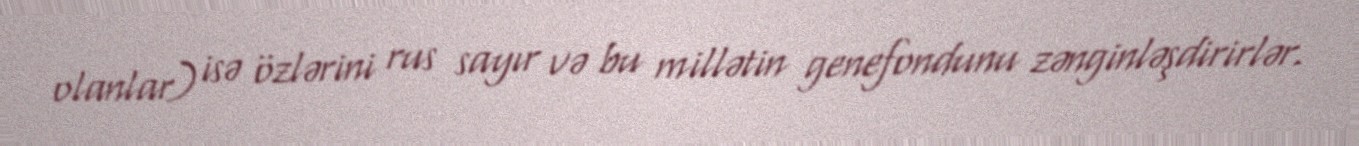
olanlar) isə özlərini rus sayır və bu millətin genefondunu zənginləşdirirlər.